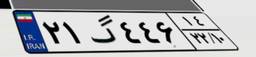
۷۸گ۴۸۷۶۹